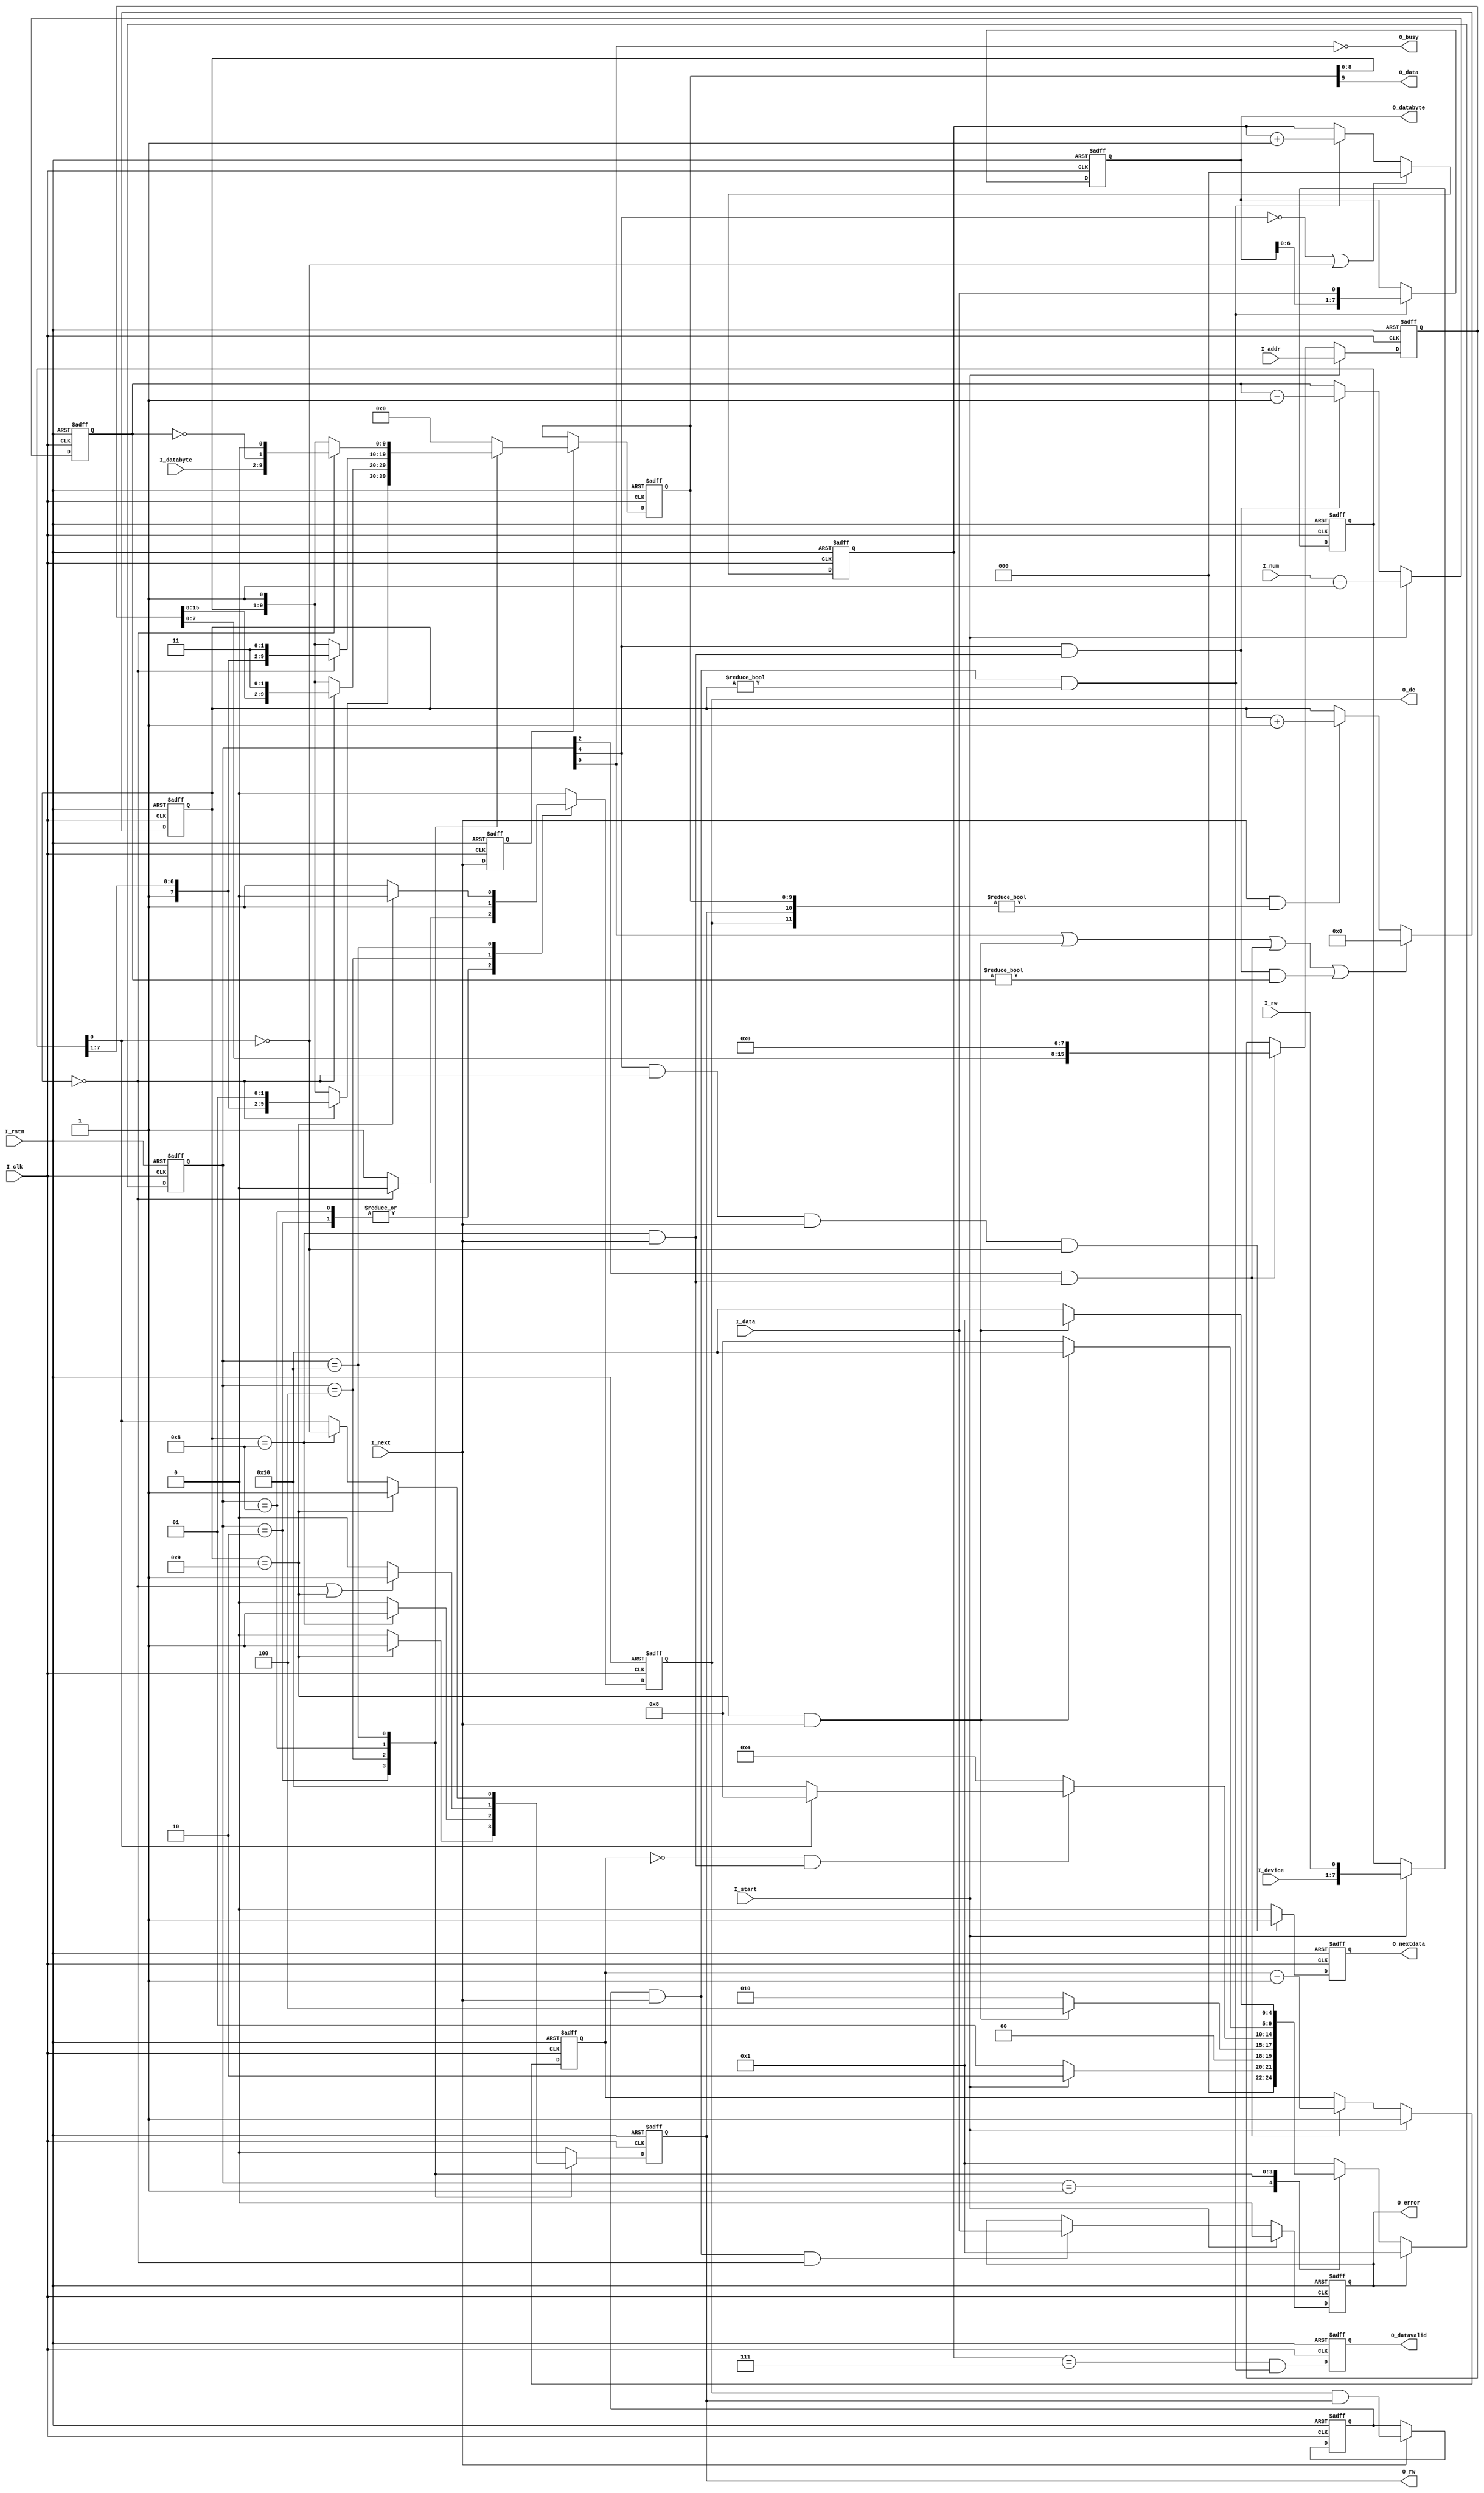
module iic_rw #(
	parameter	ADDRWIDTH	= 16,	//address width of data, must be 8*n
	parameter	NUMWIDTH	= 2		//number width of data in a r/w transfer
) (
	input						I_clk,
	input						I_rstn,
	
	input	[6:0]				I_device,
	input						I_rw,
	input	[ADDRWIDTH-1:0]		I_addr,
	input	[NUMWIDTH-1:0]		I_num,
	input						I_start,
	output						O_busy,
	input	[7:0]				I_databyte,
	output						O_nextdata,
	output	[7:0]				O_databyte,
	output						O_datavalid,
	output						O_error,
	
	input						I_next,
	input						I_data,
	output						O_dc,
	output						O_rw,
	output						O_data
);

	localparam ADDRBYTENUM	= ADDRWIDTH/8;
	localparam ADDRNUMWIDTH	= $clog2(ADDRBYTENUM);
	
	localparam IDLE			= 5'b00001;
	localparam DEVICE		= 5'b00010;
	localparam ADDR			= 5'b00100;
	localparam DEVICE_RD	= 5'b01000;
	localparam DATA			= 5'b10000;
	
	localparam IDLE_IND			= 5'd0;
	localparam DEVICE_IND		= 5'd1;
	localparam ADDR_IND			= 5'd2;
	localparam DEVICE_RD_IND	= 5'd3;
	localparam DATA_IND			= 5'd4;

	reg [7:0] R_device_rw;
	reg [ADDRWIDTH-1:0] R_addr;
	reg [NUMWIDTH-1:0] R_num;
	
	reg [ADDRNUMWIDTH-1:0] R_addrnum;
	
	reg [4:0] R_state;
	
	reg [3:0] R_cnt;
	
	wire W_cnt_end;
	wire W_long_end;
	wire W_byte_end;
	wire W_addr_end;
	
	reg R_dc;
	reg R_rw;
	reg R_next;
	reg [9:0] R_data;
	
	reg R_nextdata;
	reg R_readdata;
	reg [7:0] R_databyte;
	reg [2:0] R_cnt_read;
	reg R_datavalid;
	reg R_error;
	
	always@(posedge I_clk or negedge I_rstn)
	if(!I_rstn) R_state <= IDLE;
	else if(R_error) R_state <= IDLE;
	else case(R_state)
		IDLE:if(I_start) R_state <= DEVICE;
				else R_state <= IDLE;
		DEVICE:if(W_long_end) R_state <= ADDR;
				else R_state <= DEVICE;
		ADDR:if(W_addr_end) R_state <= (R_device_rw[0] ? DEVICE_RD : DATA);
				else R_state <= ADDR;
		DEVICE_RD:if(W_long_end) R_state <= DATA;
				else R_state <= DEVICE_RD;
		DATA:if(W_long_end) R_state <=IDLE;
				else R_state <= DATA;
		default:R_state <= IDLE;
	endcase
	
	always@(posedge I_clk or negedge I_rstn)
	if(!I_rstn) R_cnt <= 4'b0;
	else if(W_cnt_end) R_cnt <= 4'b0;
	else if(I_next && ({R_dc,R_rw,R_data} != 3'b000)) R_cnt <= R_cnt + 1'b1;
	else R_cnt <= R_cnt;
	
	assign W_cnt_end = R_state[IDLE_IND] || W_long_end || (R_state[ADDR_IND] && W_byte_end)
						|| (R_state[DATA_IND] && W_byte_end && (R_num != {NUMWIDTH{1'b0}}));
	assign W_long_end = (R_cnt == 4'd9) && I_next;
	assign W_byte_end = (R_cnt == 4'd8) && I_next;
	assign W_addr_end = (R_addrnum == {ADDRNUMWIDTH{1'b0}}) && W_byte_end;
	
	always@(posedge I_clk or negedge I_rstn)
	if(!I_rstn) R_addrnum <= {ADDRNUMWIDTH{1'b0}};
	else if(I_start) R_addrnum <= ADDRBYTENUM - 1'b1;
	else if(R_state[ADDR_IND] && W_byte_end) R_addrnum <= R_addrnum - 1'b1;
	else R_addrnum <= R_addrnum;
	
	always@(posedge I_clk or negedge I_rstn)
	if(!I_rstn) R_num <= {NUMWIDTH{1'b0}};
	else if(I_start) R_num <= I_num - 1'b1;
	else if(R_state[DATA_IND] && W_byte_end) R_num <= R_num - 1'b1;
	else R_num <= R_num;
	
	always@(posedge I_clk or negedge I_rstn)
	if(!I_rstn) R_addr <= {ADDRWIDTH{1'b0}};
	else if(I_start) R_addr <= I_addr;
	else if(R_state[ADDR_IND] && W_byte_end) R_addr <= {R_addr[ADDRWIDTH-9:0],8'b0};
	else R_addr <= R_addr;
	
	always@(posedge I_clk or negedge I_rstn)
	if(!I_rstn) R_device_rw <= 8'b0;
	else if(I_start) R_device_rw <= {I_device,I_rw};
	else R_device_rw <= R_device_rw;
	
	always@(posedge I_clk or negedge I_rstn)
	if(!I_rstn) R_dc <= 1'b0;
	else case(R_state)
		DEVICE,DEVICE_RD:if(R_cnt == 4'b0) R_dc <= 1'b0;
				else R_dc <= 1'b1;
		ADDR:R_dc <= 1'b1;
		DATA:if(R_cnt == 4'd9) R_dc <= 1'b0;
				else R_dc <= 1'b1;
		default:R_dc <= 1'b0;
	endcase
	
	always@(posedge I_clk or negedge I_rstn)
	if(!I_rstn) R_rw <= 1'b0;
	else case(R_state)
		DEVICE:if(R_cnt == 4'd9) R_rw <= 1'b1;
				else R_rw <= 1'b0;
		ADDR:if(R_cnt == 4'd8) R_rw <= 1'b1;
				else R_rw <= 1'b0;
		DEVICE_RD:if((R_cnt == 4'd0) || (R_cnt == 4'd9)) R_rw <= 1'b1;
				else R_rw <= 1'b0;
		DATA:if(R_cnt == 4'd9) R_rw <= 1'b1;
				else if(R_cnt == 4'd8) R_rw <= !R_device_rw[0];
				else R_rw <= R_device_rw[0];
		default:R_rw <= 1'b0;
	endcase
	
	wire W_nack = (R_num == {NUMWIDTH{1'b0}});
	
	always@(posedge I_clk or negedge I_rstn)
	if(!I_rstn) R_next <= 1'b1;
	else R_next <= I_next;
	
	always@(posedge I_clk or negedge I_rstn)
	if(!I_rstn) R_data <= 10'b0;
	else if(!R_next) R_data <= R_data;
	else case(R_state)
		DEVICE:if(R_cnt == 4'b0) R_data <= {1'b1,R_device_rw[7:1],2'b01};
				else R_data <= {R_data[8:0],1'b1};
		ADDR:if(R_cnt == 4'b0) R_data <= {R_addr[ADDRWIDTH-1:ADDRWIDTH-8],2'b11};
				else R_data <= {R_data[8:0],1'b1};
		DEVICE_RD:if(R_cnt == 4'b0) R_data <= {1'b1,R_device_rw[7:1],2'b11};
				else R_data <= {R_data[8:0],1'b1};
		DATA:if(R_cnt == 4'b0) R_data <= {I_databyte,W_nack,1'b0};
				else R_data <= {R_data[8:0],1'b1};
		default:R_data <= 10'b0;
	endcase
	
	always@(posedge I_clk or negedge I_rstn)
	if(!I_rstn) R_nextdata <= 1'b0;
	else if(R_state[DATA_IND] && (R_cnt == 4'b0) && I_next && (!R_device_rw[0])) R_nextdata <= 1'b1;
	else R_nextdata <= 1'b0;
	
	
	always@(posedge I_clk or negedge I_rstn)
	if(!I_rstn) R_readdata <= 1'b0;
	else if(I_next) R_readdata <= (R_dc && R_rw);
	else R_readdata <= R_readdata;
	
	always@(posedge I_clk or negedge I_rstn)
	if(!I_rstn) R_databyte <= 8'b0;
	else if(R_readdata && I_next && (R_cnt != 4'b0)) R_databyte <= {R_databyte[6:0],I_data};
	else R_databyte <= R_databyte;
	
	always@(posedge I_clk or negedge I_rstn)
	if(!I_rstn) R_cnt_read <= 3'b0;
	else if((!R_state[DATA_IND]) || (!R_device_rw[0])) R_cnt_read <= 3'b0;
	else if(R_readdata && I_next && (R_cnt != 4'b0)) R_cnt_read <= R_cnt_read + 1'b1;
	else R_cnt_read <= R_cnt_read;
	
	always@(posedge I_clk or negedge I_rstn)
	if(!I_rstn) R_datavalid <= 1'b0;
	else R_datavalid <= (R_cnt_read == 3'd7) && (R_readdata && I_next && (R_cnt != 4'b0));
	
	always@(posedge I_clk or negedge I_rstn)
	if(!I_rstn) R_error <= 1'b0;
	else if(I_start) R_error <= 1'b0;
	else if(R_readdata && I_next && (R_cnt == 4'b0)) R_error <= I_data;
	else R_error <= R_error;
	
	
	assign O_busy = (!R_state[IDLE_IND]);
	assign O_nextdata = R_nextdata;
	assign O_databyte = R_databyte;
	assign O_datavalid = R_datavalid;
	assign O_error = R_error;
	
	assign O_dc = R_dc;
	assign O_rw = R_rw;
	assign O_data = R_data[9];
	
	

endmodule